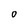
Character: O